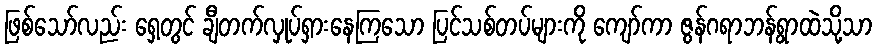
ဖြစ်သော်လည်း ရှေ့တွင် ချီတက်လှုပ်ရှားနေကြသော ပြင်သစ်တပ်များကို ကျော်ကာ ဇွန်ဂရာဘန်ရွာထဲသို့သာ